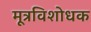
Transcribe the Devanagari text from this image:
मूत्रविशोधक